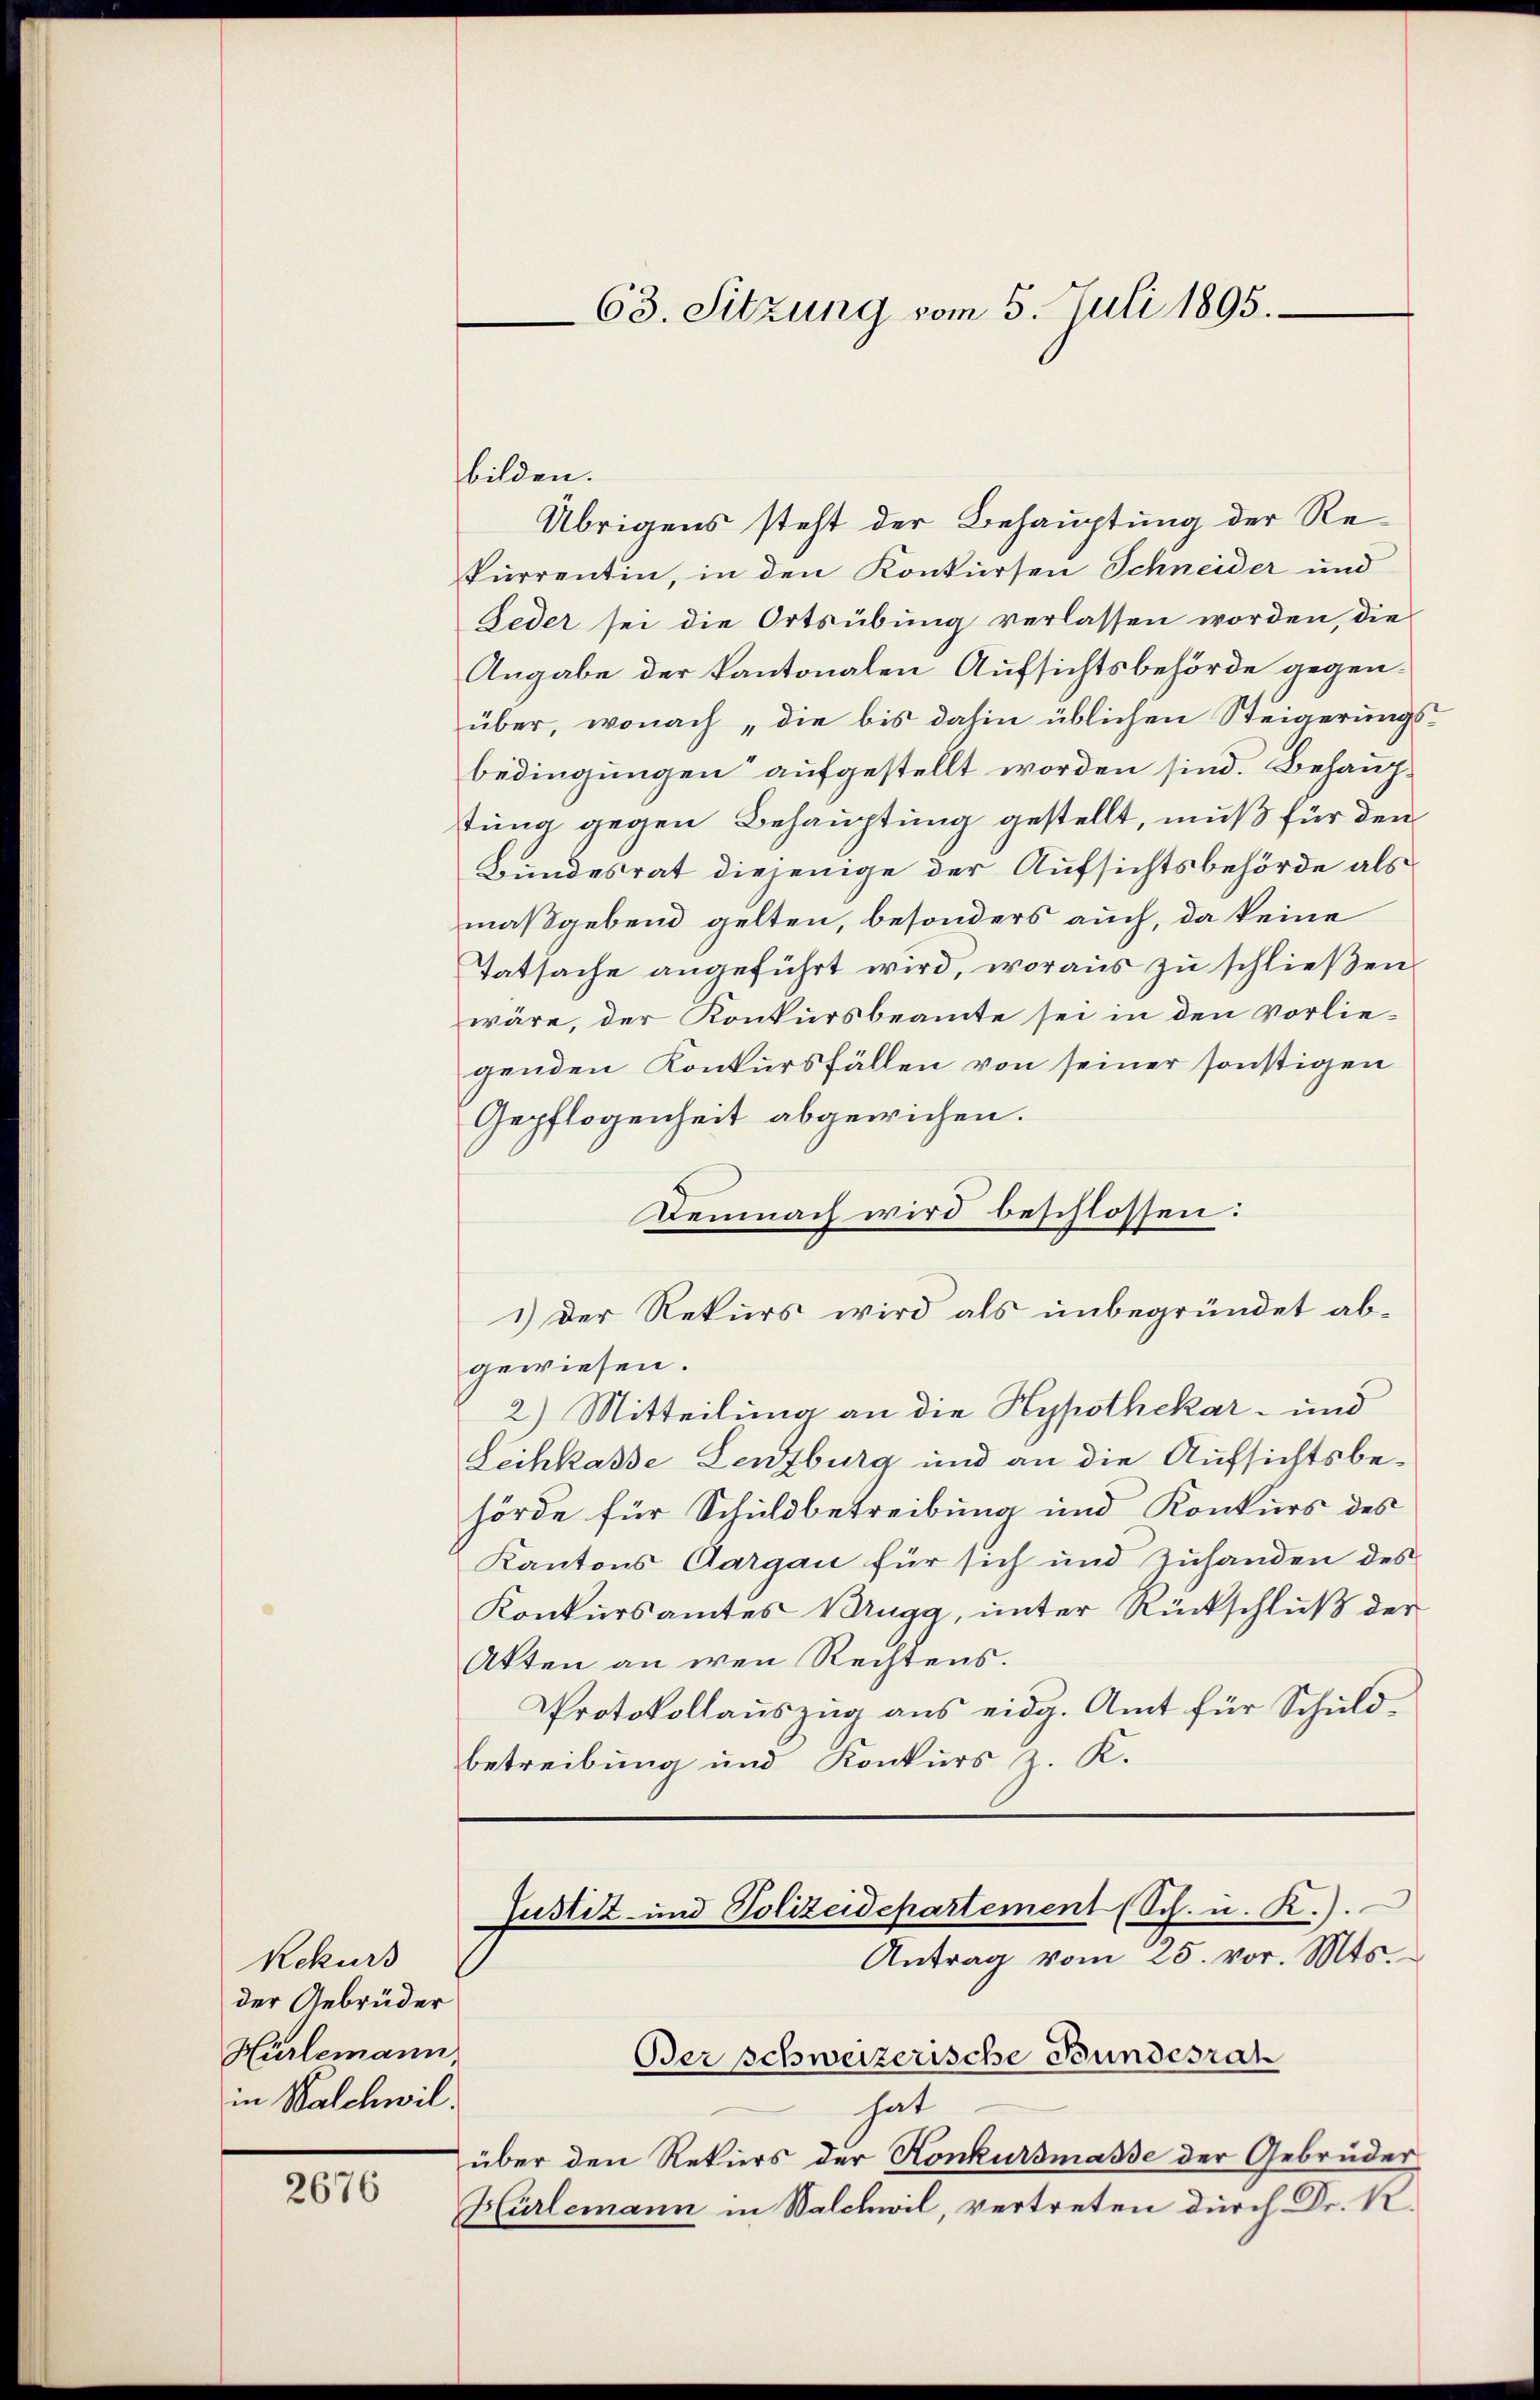
2676

Rekurs
der Gebrüder
Hürlemann,
in Walchwil.

Übrigens steht der Behauptung der Rekurrentin, in den Konkursen Schneider und
Geder sei die Ortsübung verlassen worden, die
Angabe der kantonalen Aufsichtsbehörde gegenüber, wonach „die bis dahin üblichen Steigerungsbedingungen“ aufgestellt worden sind. Behauptung gegen Behauptung gestellt, muß für den
Bundesrat diejenige der Aufsichtsbehörde als
maßgebend gelten, besonders auch, da keine
Tatsache angeführt wird, woraus zu schließen.
wäre, der Konkursbeamte sei in den Vorliegenden Konkursfällen von seiner sonstigen
Gepflogenheit abgewichen.
Demnach wird beschlossen:
1) der Rekurs wird als unbegründet abgewiesen.
2) Mitteilung an die Hypothekar- und
Leihkasse Lenzburg und an die Aufsichtsbehörde für Schuldbetreibung und Konkurs des
Kantons Aargau für sich und Zuhanden des
Konkursamtes Mugg, unter Rückschluß der
Akten an den Rechtens.
Protokollaŭszŭg ans eidg. Amt für Schuld-
betreibung und Konkurs z. K.
Justiz und Polizeidepartement (Sch. u. R.)
Antrag vom 25. vor. Mts.
Ber schweizerische Bundesrat
hat
über den Rekurs der Konkursmasse der Gebrüder
Hürlemann in Walchwil, vertreten durch Dr. K.

63. Sitzung vom 5. Juli 1895.

bilden.